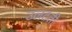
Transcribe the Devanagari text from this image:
उलटती